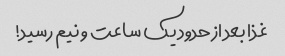
غذا بعد از حدود یک ساعت و نیم رسید!